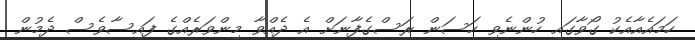
ހަމައެއާއެކު ގޯވާގައި ހުންނެވި ހަސަން ރަސްގެފާނަށް އެ ދެއްވާ މިންވަރެއްގެ ފައިސާވެސް ދެމުން